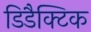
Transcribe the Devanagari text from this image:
डिडैक्टिक